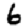
Digit: 6